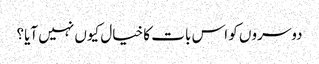
دوسروں کو اس بات کا خیال کیوں نہیں آیا؟